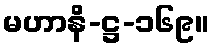
မဟာနိ-ဋ္ဌ-၁၆၉။